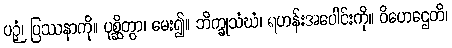
ပဉှံ၊ ပြဿနာကို။ ပုစ္ဆိတွာ၊ မေး၍။ ဘိက္ခုသံဃံ၊ ရဟန်းအပေါင်းကို။ ဝိဟေဌေတိ၊